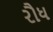
રૌધ